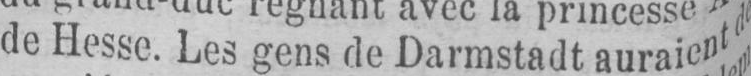
de Hesse. Les gens de Darmstadt auraient d